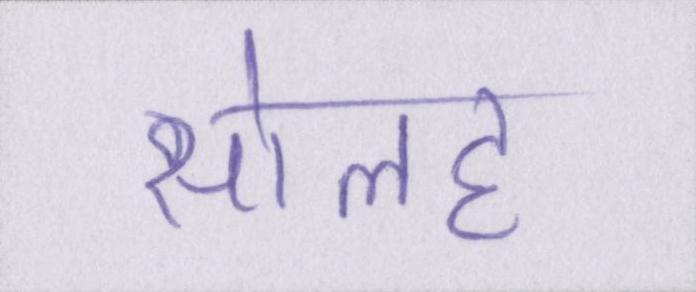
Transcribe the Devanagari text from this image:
सोलह